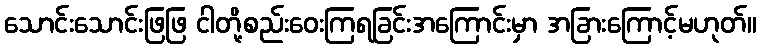
သောင်းသောင်းဖြဖြ ငါတို့စည်းဝေးကြရခြင်းအကြောင်းမှာ အခြားကြောင့်မဟုတ်။